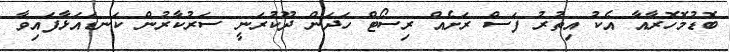
ބޮޑުމޮހޮރާއާ އެކު އިތުރު ފަސް ރަށެއް ރިސޯޓް ހަދަން ދޫކުރަނީ ސަރުކާރުން ކަނޑައަޅާފައިވާ